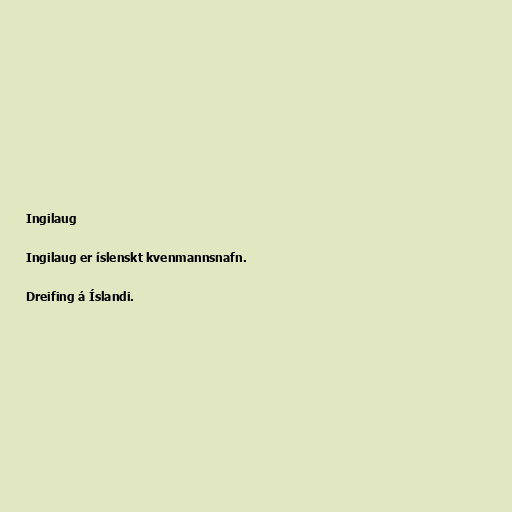
Ingilaug

Ingilaug er íslenskt kvenmannsnafn.

Dreifing á Íslandi.